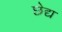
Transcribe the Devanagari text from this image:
छेद्य